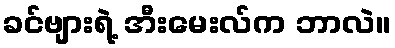
ခင်ဗျားရဲ့ အီးမေးလ်က ဘာလဲ။